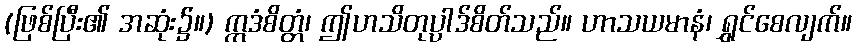
(ဖြစ်ပြီး၏ အဆုံး၌။) ဣဒံစိတ္တံ၊ ဤဟသိတုပ္ပါဒ်စိတ်သည်။ ဟာသယမာနံ၊ ရွှင်စေလျက်။